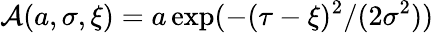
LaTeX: \mathcal{A}(a,\sigma,\xi)=a\exp(-{(\tau-\xi)^{2}}/{(2\sigma^{2})})